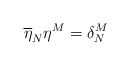
\begin{align*}\overline{\eta }_{N}\eta ^{M}=\delta ^{M}_{N}\end{align*}